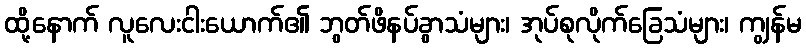
ထို့နောက် လူလေးငါးယောက်၏ ဘွတ်ဖိနပ်ခွာသံများ၊ အုပ်စုလိုက်ခြေသံများ၊ ကျွန်မ